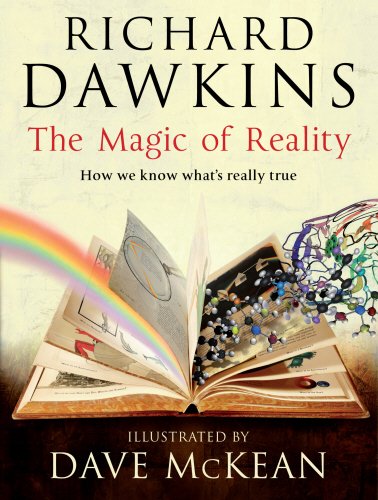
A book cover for Magic of Reality: How We Know What's Really True; Richard Dawkins; Comics & Graphic Novels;